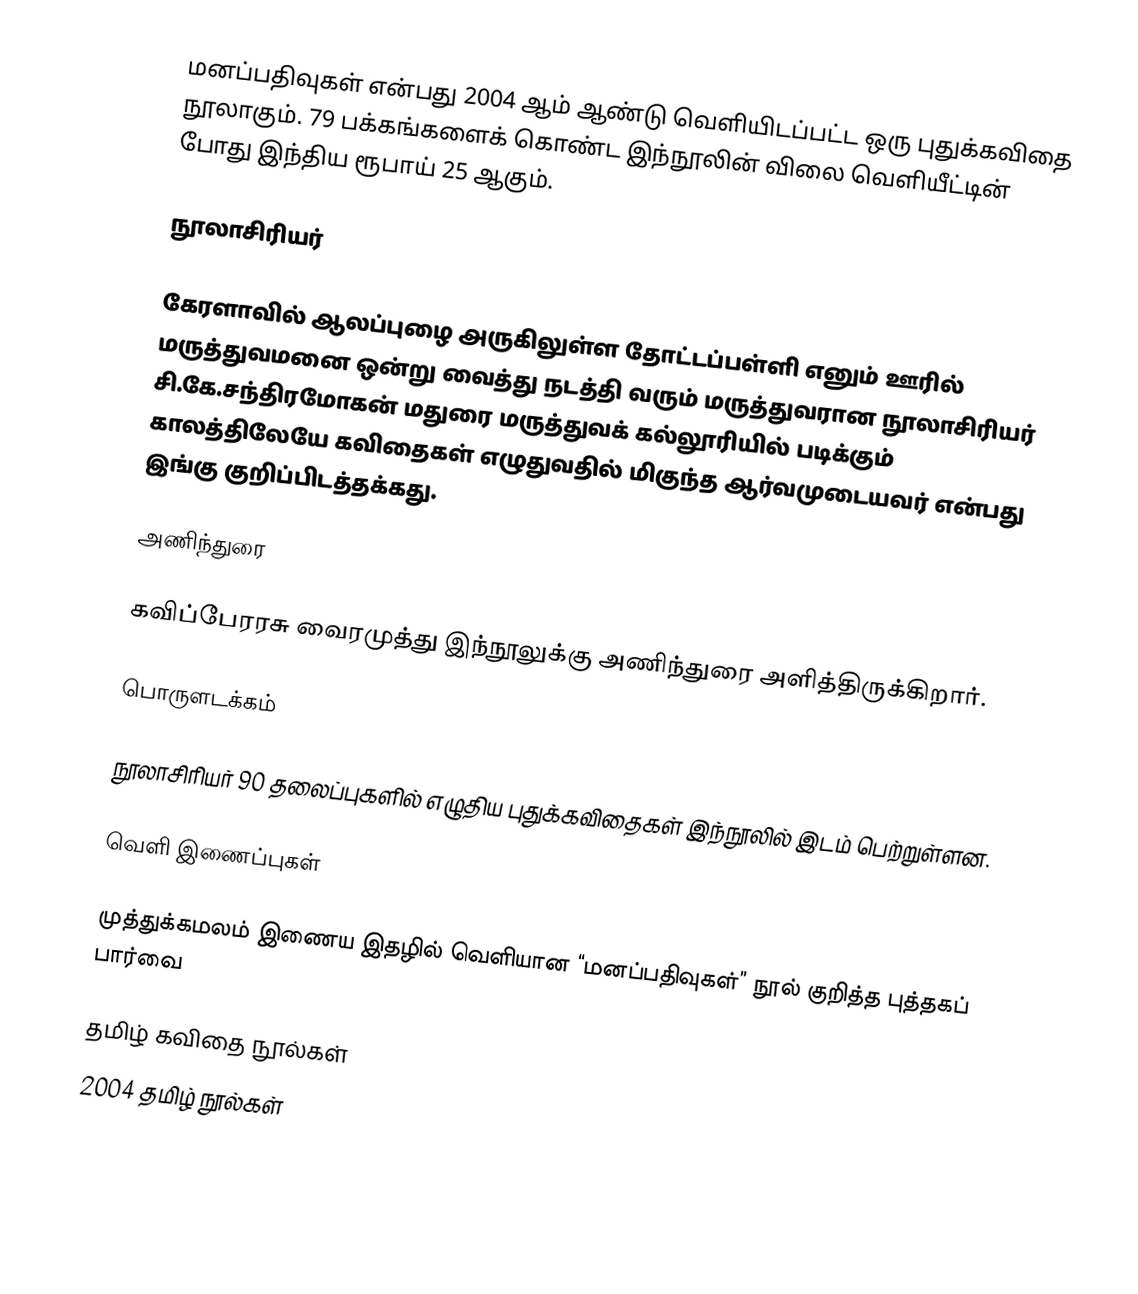
மனப்பதிவுகள் என்பது 2004 ஆம் ஆண்டு வெளியிடப்பட்ட ஒரு புதுக்கவிதை நூலாகும். 79 பக்கங்களைக் கொண்ட இந்நூலின் விலை வெளியீட்டின் போது  இந்திய ரூபாய் 25 ஆகும்.

நூலாசிரியர்

கேரளாவில் ஆலப்புழை அருகிலுள்ள தோட்டப்பள்ளி எனும் ஊரில் மருத்துவமனை ஒன்று வைத்து நடத்தி வரும் மருத்துவரான நூலாசிரியர் சி.கே.சந்திரமோகன் மதுரை மருத்துவக்  கல்லூரியில் படிக்கும் காலத்திலேயே கவிதைகள் எழுதுவதில் மிகுந்த ஆர்வமுடையவர் என்பது இங்கு குறிப்பிடத்தக்கது.

அணிந்துரை

கவிப்பேரரசு வைரமுத்து இந்நூலுக்கு அணிந்துரை அளித்திருக்கிறார்.

பொருளடக்கம்

நூலாசிரியர் 90 தலைப்புகளில் எழுதிய புதுக்கவிதைகள் இந்நூலில் இடம் பெற்றுள்ளன.

வெளி இணைப்புகள்

  முத்துக்கமலம் இணைய இதழில் வெளியான “மனப்பதிவுகள்” நூல் குறித்த புத்தகப் பார்வை

தமிழ் கவிதை நூல்கள்
2004 தமிழ் நூல்கள்